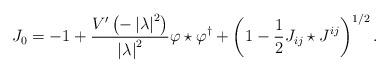
LaTeX: \begin{align*}J_{0}=-1+\frac{V^{\prime }\left( -\left| \lambda \right|^{2}\right) }{ \left| \lambda \right| ^{2}}\varphi \star \varphi^{\dagger }+\left( 1-\frac{ 1}{2}J_{ij}\star J^{ij}\right) ^{1/2}.\end{align*}